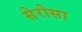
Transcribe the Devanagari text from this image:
सेरोसा